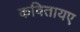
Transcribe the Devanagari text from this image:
कवितायए